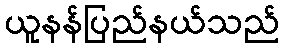
ယူနန်ပြည်နယ်သည်